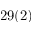
2 9 ( 2 )